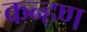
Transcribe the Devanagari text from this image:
कन्हण